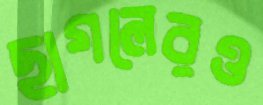
ছাগলেরও